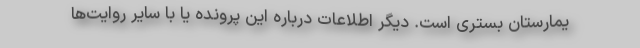
یمارستان بستری است. دیگر اطلاعات درباره این پرونده یا با سایر روایت‌ها